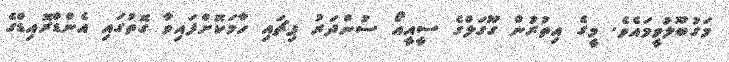
މަގުބޫލުވީމައެވެ. މީގެ އިތުރުން ގޫގަލްގެ ސީއީއޯ ސުންދަރު ޕިޗައި ހާމަކޮށްފައިވާ ގޮތުގައި އެންޑްރޮއިޑްގެ